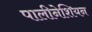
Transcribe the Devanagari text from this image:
पालीनेशियन